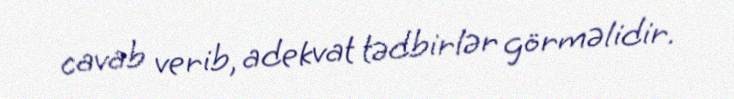
cavab verib, adekvat tədbirlər görməlidir.